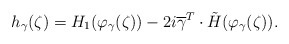
\begin{align*} h_\gamma(\zeta) = H_1(\varphi_\gamma(\zeta))-2i\overline{\gamma}^T \cdot \tilde{H}(\varphi_\gamma(\zeta)).\end{align*}